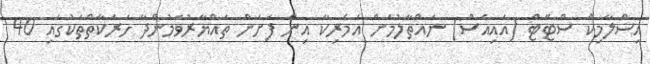
އިސްލާމިކް ސްޓޭޓް (އައިއެސް) ނައްތާލުމަށް އެމެރިކާ އިން ފަށަން ތައްޔާރުވަމުންދާ ހަރަކާތްތަކުގައި 40